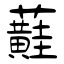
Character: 蘳